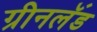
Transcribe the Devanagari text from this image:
ग्रीनलॅंड